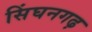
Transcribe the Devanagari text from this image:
सिंघनगढ़